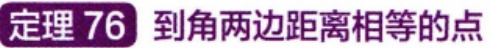
定理 76 到角两边距离相等的点